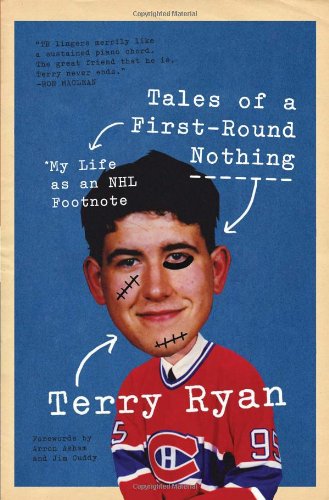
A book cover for Tales of a First-Round Nothing: My Life as an NHL Footnote; Terry Ryan; Biographies & Memoirs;